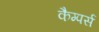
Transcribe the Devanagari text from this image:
कैम्पर्स